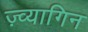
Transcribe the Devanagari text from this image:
ज़्व्यागिन